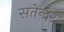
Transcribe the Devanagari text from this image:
सतेन्दर